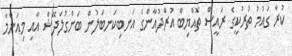
ކުރާ ގައުމު ތުރުކީގެ ރައީސް ތޮއްޔިބް އުރްދުއާންގެ އަނބިކަނބަލުން ބަންގުލަދޭޝް އާއި މިއަންމާ